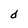
Character: d